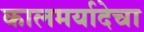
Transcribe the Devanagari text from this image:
कालमर्यादेचा